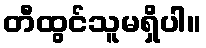
တီထွင်သူမရှိပါ။